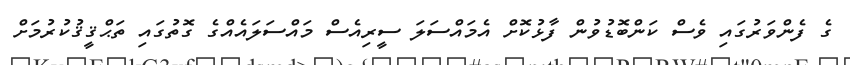
ގެ ފެންވަރުގައި ވެސް ކަންބޮޑުވުން ފާޅުކޮށް އެމައްސަލަ ސީރިއެސް މައްސަލައެއްގެ ގޮތުގައި ތަޙްޤީޤުކުރުމަށް